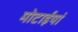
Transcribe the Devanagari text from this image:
मोटाईयां